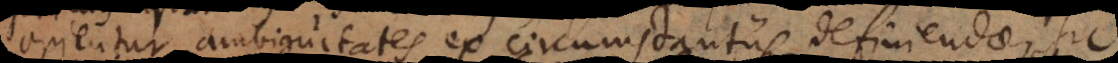
ntur ambiguitates ex circumstantiis definiendae, sic